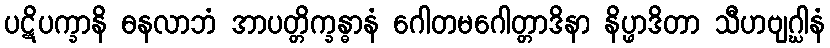
ပဋိပက္ခာနိ ဓနလာဘံ အာပတ္တိက္ခန္ဓာနံ ဂေါတမဂေါတ္တာဒိနာ နိပ္ဖာဒိတာ သီဟဗျဂ္ဃါနံ